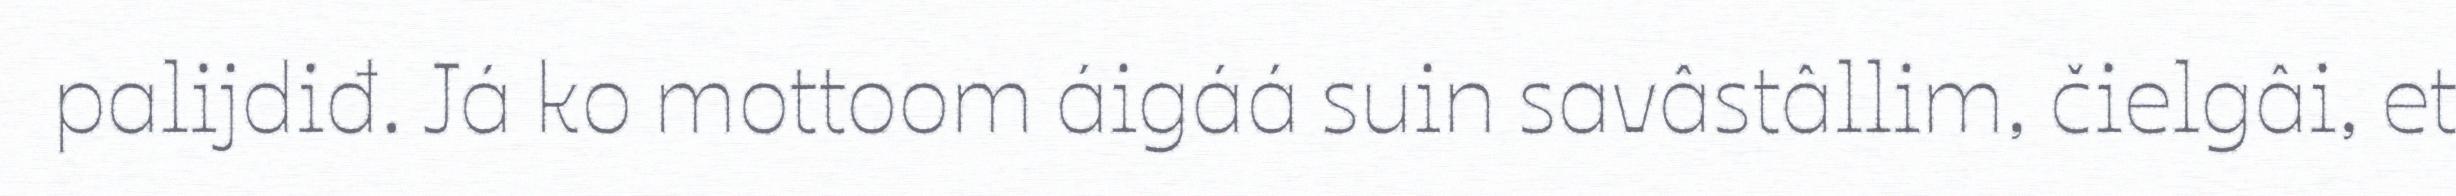
palijdiđ. Já ko mottoom áigáá suin savâstâllim, čielgâi, et